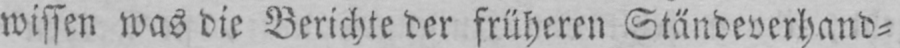
wissen was die Berichte der früheren Ständeverhand⸗